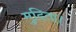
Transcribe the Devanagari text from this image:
मुदिता।